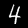
Label: 4